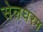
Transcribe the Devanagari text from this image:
सेलघरम